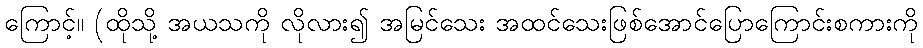
ကြောင့်။ (ထိုသို့ အယသကို လိုလား၍ အမြင်သေး အထင်သေးဖြစ်အောင်ပြောကြောင်းစကားကို